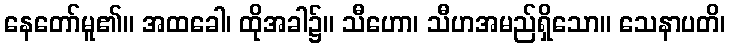
နေတော်မူ၏။ အထခေါ၊ ထိုအခါ၌။ သီဟော၊ သီဟအမည်ရှိသော။ သေနာပတိ၊